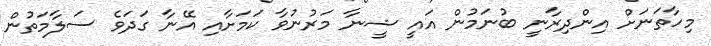
މިހާތަނަށް އިންދިރާނީ ބުނަމުން އައީ ޝީނާ މަރުނުވާ ކަމަށާއި އޭނާ ގަދަވެ ސަލާމަތުން